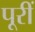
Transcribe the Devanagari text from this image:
पूरीं